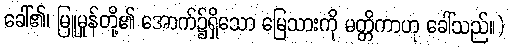
ခေါ်၏၊ မြူမှုန်တို့၏ အောက်၌ရှိသော မြေသားကို မတ္တိကာဟု ခေါ်သည်။)